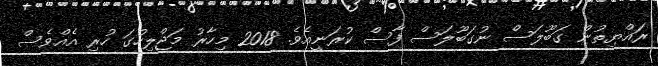
ރައްޔިތުން ގަބޫލަސް ނުގަބޫލަސް ފާސް ކުރަނީއެވެ. 2018 މިހާރު މަޖްލިހުގަ ހުރި އެއްވެސް